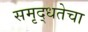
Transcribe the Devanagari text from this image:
समृद्धतेचा